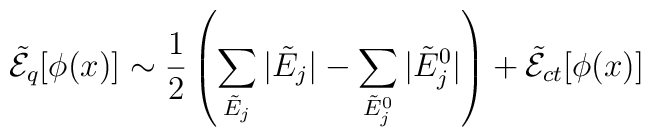
\tilde{\cal E}_q[\phi(x)] \sim \frac{1}{2} \left(\sum_{\tilde E_j}|\tilde E_j|-\sum_{\tilde E_j^0}|\tilde E_j^0| \right) +\tilde{\cal E}_{ct}[\phi(x)]